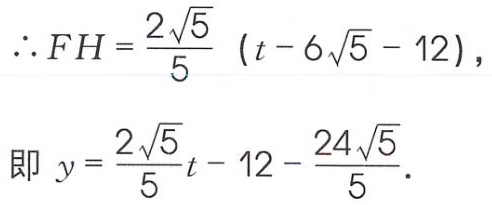
\(\therefore FH = \frac{2\sqrt{5}}{5}(t - 6\sqrt{5} - 12)\)，
即 \(y = \frac{2\sqrt{5}}{5}t - 12 - \frac{24\sqrt{5}}{5}\)．